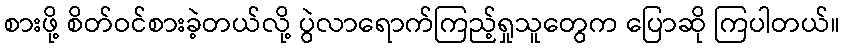
စားဖို့ စိတ်ဝင်စားခဲ့တယ်လို့ ပွဲလာရောက်ကြည့်ရှုသူတွေက ပြောဆို ကြပါတယ်။